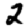
Digit: 2